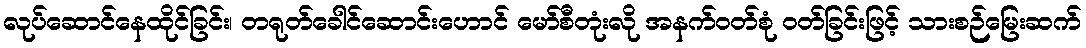
လုပ်ဆောင်နေထိုင်ခြင်း၊ တရုတ်ခေါင်ဆောင်းဟောင် မော်စီတုံးလို အနက်ဝတ်စုံ ဝတ်ခြင်းဖြင့် သားစဉ်မြေးဆက်